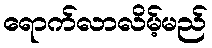
ရောက်လာလိမ့်မည်